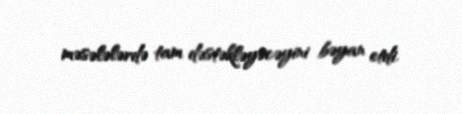
məsələlərdə tam dəstəkləyəcəyini bəyan etdi.